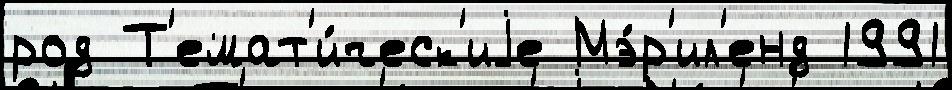
род Т'емат'и́ческ'иjе Мэ́р'ил'енд 1991